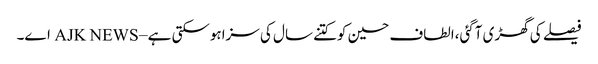
فیصلے کی گھڑی آگئی،الطاف حسین کوکتنے سال کی سزاہوسکتی ہے – AJK NEWS اے۔